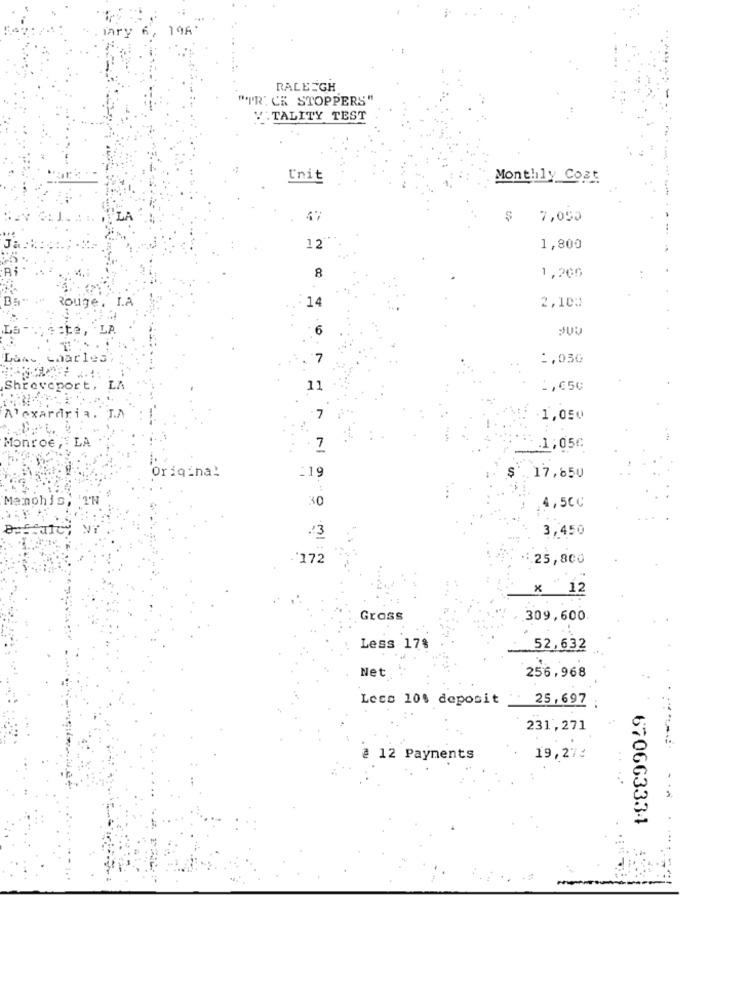
RALEIGH
"IR" CK STOPPERS"
VITALITY TEST
Unit
Monthly Cost
47
7,055
12
1,800
8
1,205
Rouge .
L.A
14
2,100
6
1,030
1,650
1,050
LA
Monroe ,
7
1,05€
Original
:19
17,850
Manohis
30
4,5€¢
3,450
23
'172
25,800
x 12
Gross
309,600.
Less 17%
.52,632
Net
256,968
Lecs 10% deposit
25,697
231,271
@ 12 Payments
19,27:
670663334